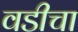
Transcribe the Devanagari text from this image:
वडीचा